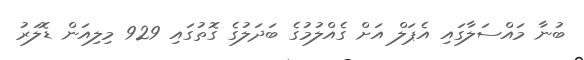
ބުނާ މައްސަލާގައި އެޕަލް އަށް ގެއްލުމުގެ ބަދަލުގެ ގޮތުގައި 929 މިލިއަން ޑޮލަރު